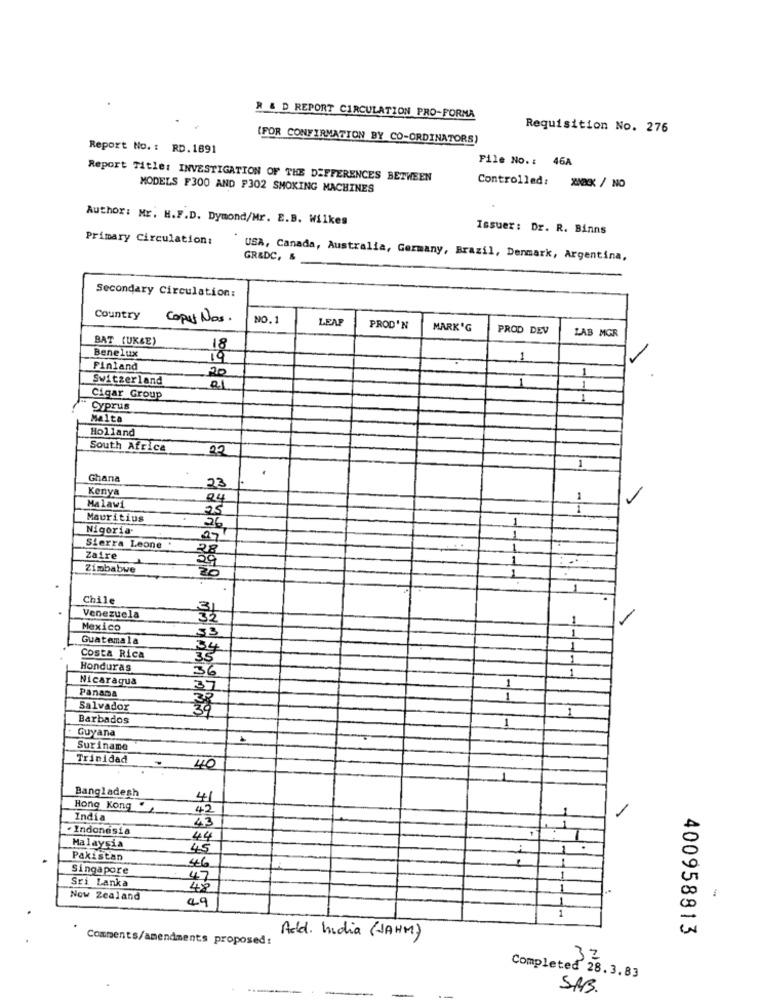
R & D REPORT CIRCULATION PRO-FORMA
Requisition No. 276
{FOR CONFIRMATION BY CO-ORDINATORS)
Report No. : RD.1891
File No .: 46A
Report Title: INVESTIGATION OF THE DIFFERENCES BETWEEN
MODELS F300 AND F302 SMOKING MACHINES
Controlled: XXX / NO
Author: Mr. H.F.D. Dymond/Mr. E.B. Wilkes
Issuer: Dr. R. Binns
Primary Circulation:
USA, Canada, Australia, Germany, Brazil, Denmark, Argentina,
GR&DC, &
Secondary Circulation:
Country
Caput Nos.
NO.1
LEA
PROD'N
MARK'G
PROD DEV
LAB MGR
BAT (UK&E)
Benelux
18
19
1
Finland
20
Switzerland
1
1.
01
1
1
Cigar Group
1
Cyprus
Malta
Holland
Ho
South Africa
22
Ghana
Kenya
23
24
1
Malawi
25
1
Mauritius
1
Nigeria.
26
27
1
Sierra Leone
28
1
Zaire
Zimbabwe
1
Chile
Venezuela
32
1
Mexico
53
1
Guatemala
34
Costa Rica
35
1
Honduras
1
Nicaragua
36
Panama
35
1
1
Salvador
39
1
Barbados
Guyana
1
4
Suriname
Trinidad
40
1
Bangladesh
4
Hong Kong
42
-
India
43
.Indonesia
44
Malaysia
45
Pakistan
Singapore
46
Sri Lanka
47
Now Zealand
49
Add. India (JAHM)
400958813
Comments/amendments proposed:
32
Completed 28.3.83